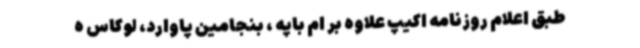
طبق اعلام روزنامه اکیپ علاوه بر ام باپه ، بنجامین پاوارد، لوکاس ه